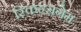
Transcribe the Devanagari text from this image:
स्किन्सगेम